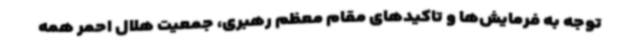
توجه به فرمایش‌ها و تاکیدهای مقام معظم رهبری، جمعیت هلال احمر همه